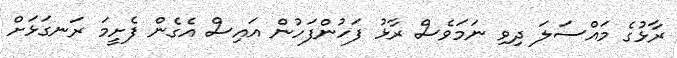
ރާޅުގެ މައްސަލަ ދިވި ނަމަވެސް ރާޅު ފަހުންފަހުން އައިސް އެގެން ފެށީމަ ރަނގަޅަށް